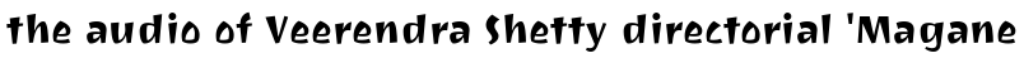
the audio of Veerendra Shetty directorial 'Magane